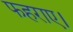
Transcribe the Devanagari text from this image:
फहराए।